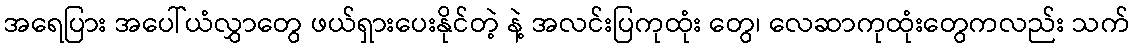
အရေပြား အပေါ်ယံလွှာတွေ ဖယ်ရှားပေးနိုင်တဲ့ နဲ့ အလင်းပြကုထုံး တွေ၊ လေဆာကုထုံးတွေကလည်း သက်